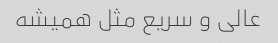
عالی و سریع مثل همیشه